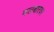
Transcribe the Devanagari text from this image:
मलबारवर